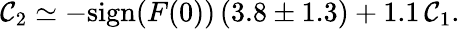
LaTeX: \mathcal{C}_{2}\simeq-\mathrm{{sign}}(F(0))\, (3.8\pm1.3)+1.1\, \mathcal{C}_{1}.